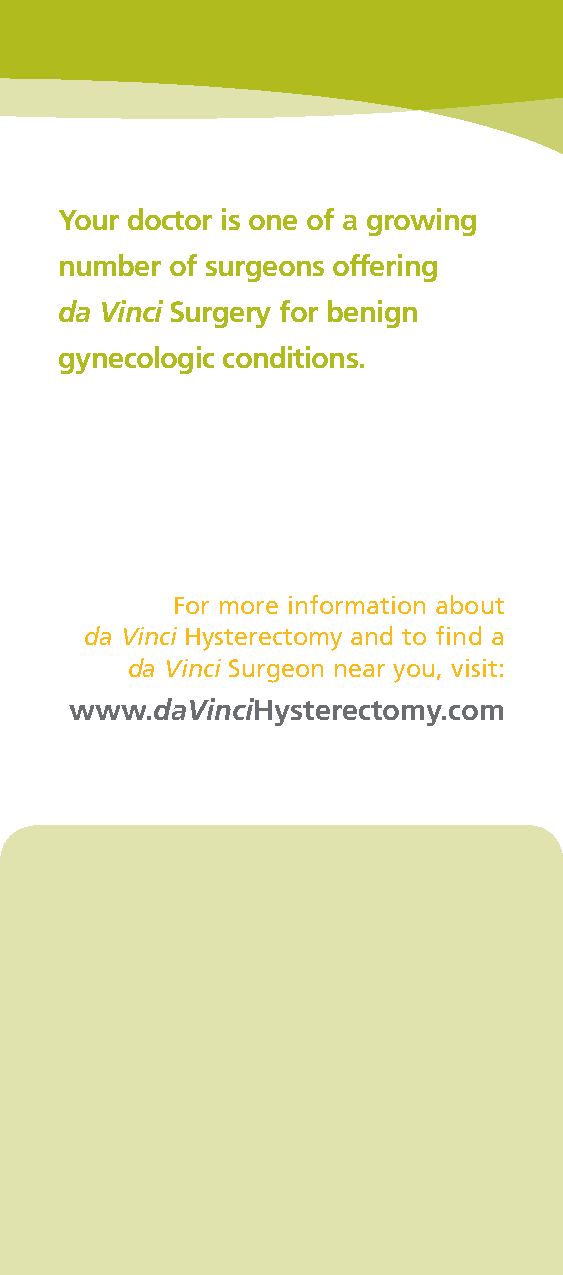
Facing
 Hysterectomy?
 The  Condition(s):
 Your doctor is one of a growing                                                                                    Chronic Pain, Heavy Bleeding, Fibroids,
 Endometriosis and/or Prolapse
 number of surgeons offering                                                    Learn why da Vinci® Surgery
 A wide variety of benign (non-cancerous)
 may be your best treatment option
 da Vinci Surgery for benign                                                                                       conditions can affect a woman’s reproduc-
 for a benign gynecologic condition
 tive system, which consists of the uterus, the
 gynecologic conditions.
 vagina, ovaries and fallopian tubes. Most of
 these conditions affect the uterus, which is
 the hollow, muscular organ that holds a baby
 as it grows inside a pregnant woman.
 Common types of gynecologic conditions
 like fibroids (non-cancerous growths in the
 uterine wall), endometriosis (non-cancerous
 growths of the uterine lining) or prolapse
 For more information about
 (falling or slipping of the uterus) can cause
 da Vinci Hysterectomy and to find a                                                                             chronic pain and heavy bleeding, as well as
 da Vinci Surgeon near you, visit:                                                                             other disabling symptoms.
 www.daVinciHysterectomy.com                                                                                      Women who experience these symptoms are
 often treated with hysterectomy - the surgical
 removal of the uterus. In fact, this procedure
 is the second most common surgical proce-
 dure for women in the United States, and an
 estimated one third of all U.S. women will
 have a hysterectomy by age 60.1
 Fallopian
 Tubes
 Ovaries
 Uterus
 1http://womenshealth.gov/faq/hysterectomy.htm